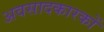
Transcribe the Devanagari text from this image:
अवसादकारकों